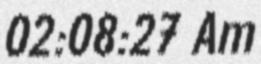
02:08:27 Am